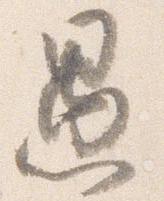
愚